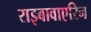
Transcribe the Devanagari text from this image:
राइबावाएरिन